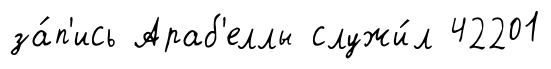
за́п'ись Араб'еллы служи́л 42201